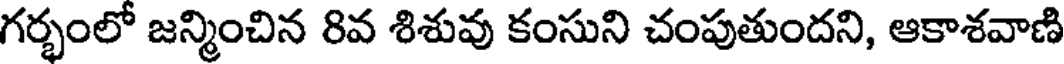
గర్భంలో జన్మించిన 8వ శిశువు కంసుని చంపుతుందని, ఆకాశవాణి